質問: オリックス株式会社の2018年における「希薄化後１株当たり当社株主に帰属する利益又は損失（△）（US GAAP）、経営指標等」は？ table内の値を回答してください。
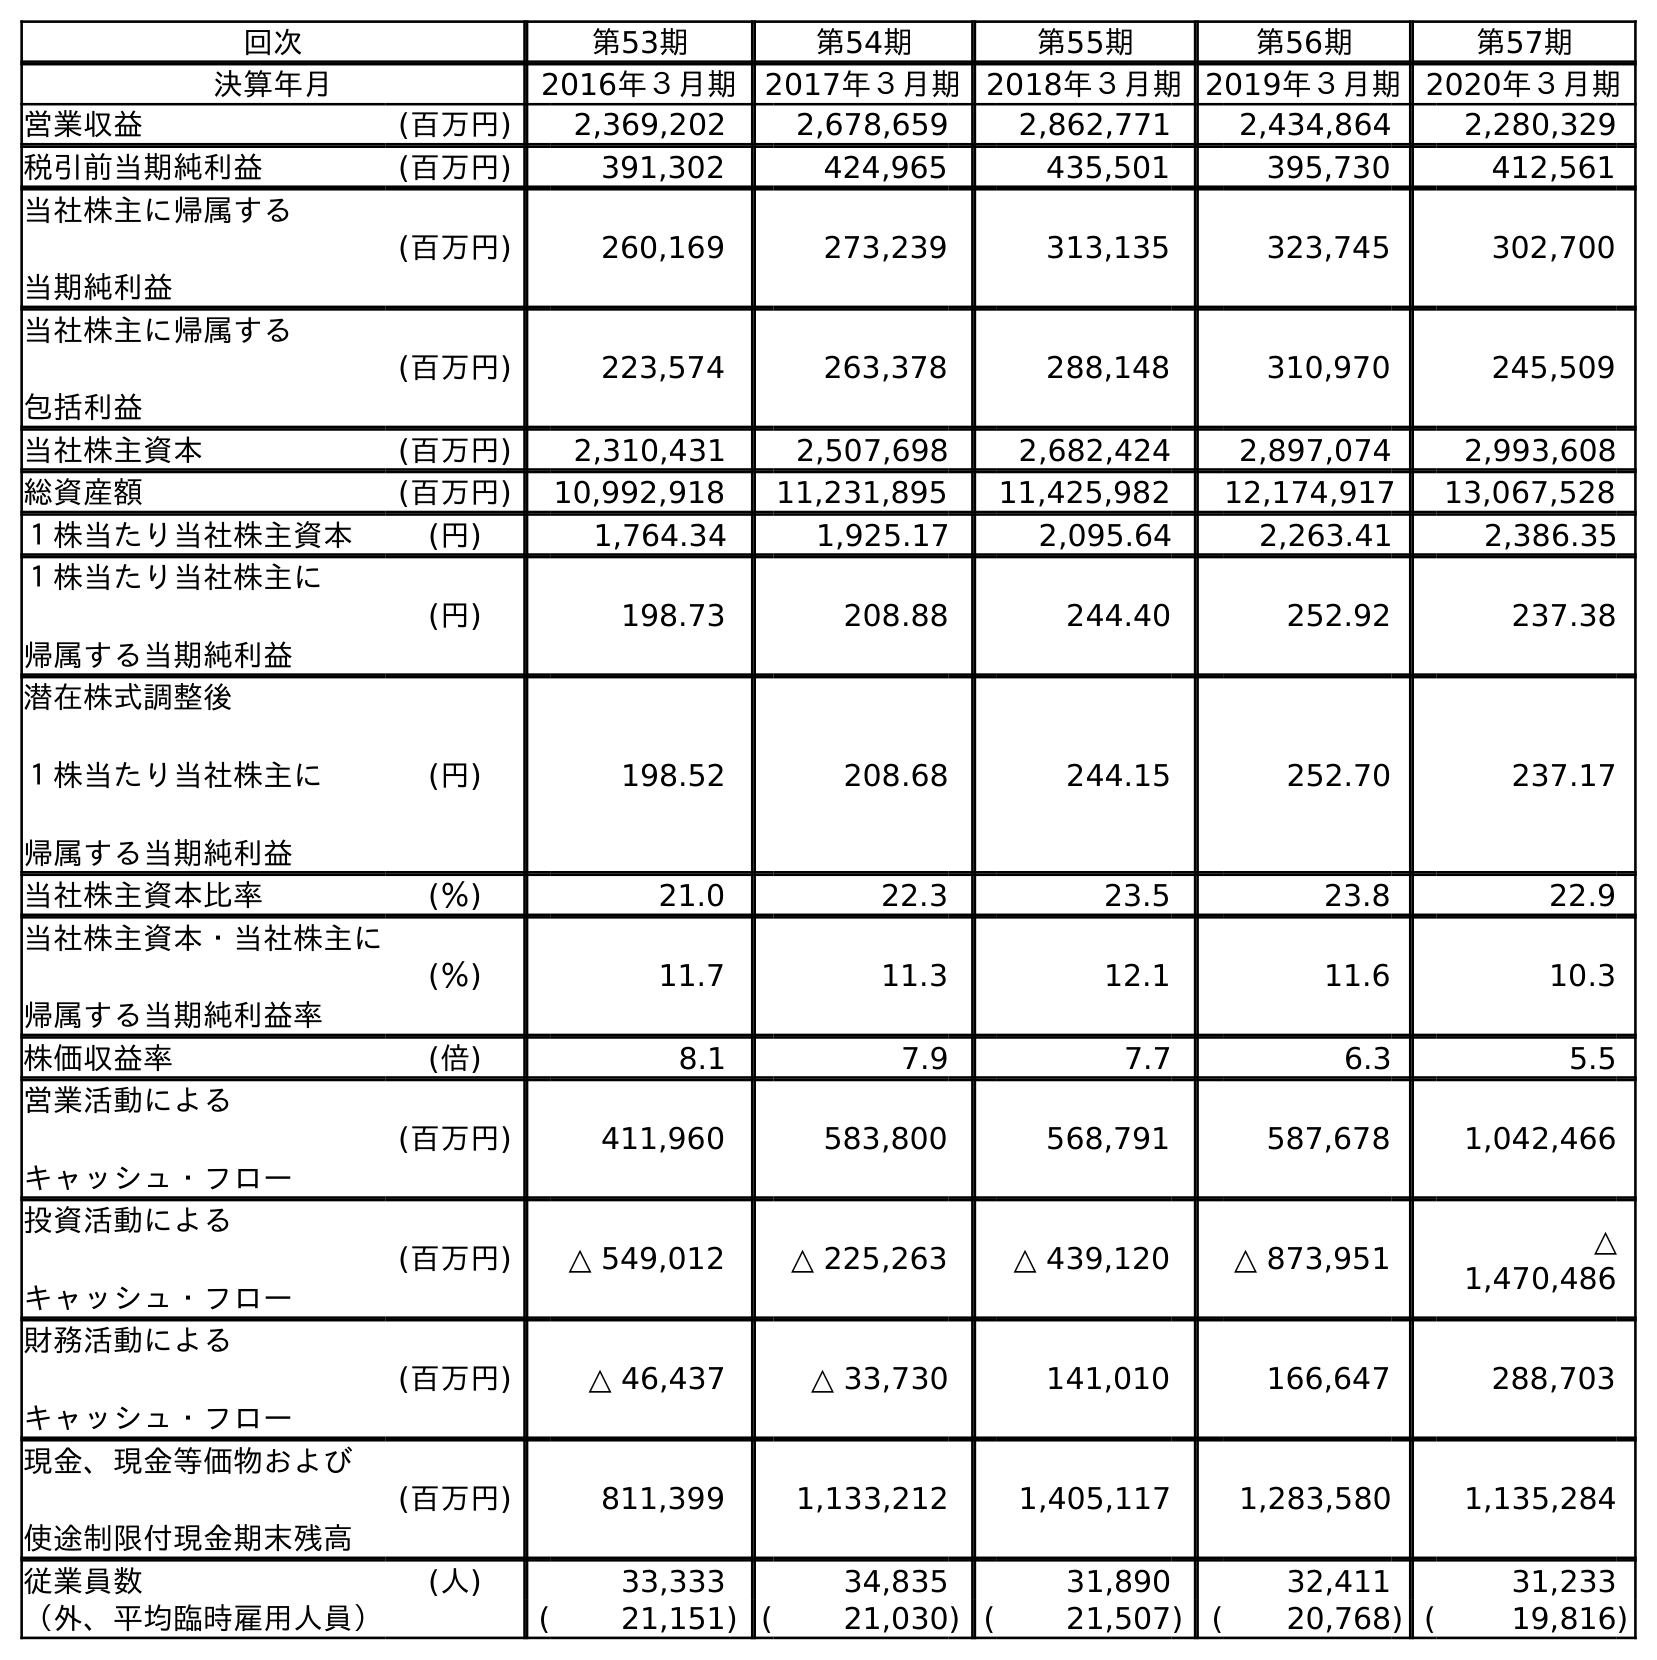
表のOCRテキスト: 回次 第53期 第54期 第55期 第56期 第57期 決算年月 2016年３月期 2017年３月期 2018年３月期2019年３月期2020年３月期 営業収益 (百万円) 2,369,202 2,678,659 2,862,771 2,434,864 2,280,329 税引前当期純利益 (百万円) 391,302 424,965 435,501 395,730 412,561 当社株主に帰属する 当期純利益 (百万円) 260,169 273,239 313,135 323,745 302,700 当社株主に帰属する 包括利益 (百万円) 223,574 263,378 288,148 310,970 245,509 当社株主資本 (百万円) 2,310,431 2,507,698 2,682,424 2,897,074 2,993,608 総資産額 (百万円) 10,992,918 11,231,895 11,425,982 12,174,917 13,067,528 １株当たり当社株主資本 (円) 1,764.34 1,925.17 2,095.64 2,263.41 2,386.35 １株当たり当社株主に 帰属する当期純利益 (円) 198.73 208.88 244.40 252.92 237.38 潜在株式調整後 １株当たり当社株主に 帰属する当期純利益 (円) 198.52 208.68 244.15 252.70 237.17 当社株主資本比率 (％) 21.0 22.3 23.5 23.8 22.9 当社株主資本・当社株主に 帰属する当期純利益率 (％) 11.7 11.3 12.1 11.6 10.3 株価収益率 (倍) 8.1 7.9 7.7 6.3 5.5 営業活動による キャッシュ・フロー (百万円) 411,960 583,800 568,791 587,678 1,042,466 投資活動による キャッシュ・フロー (百万円) △ 549,012 △ 225,263 △ 439,120 △ 873,951 △ 1,470,486 財務活動による キャッシュ・フロー (百万円) △ 46,437 △ 33,730 141,010 166,647 288,703 現金、現金等価物および 使途制限付現金期末残高 (百万円) 811,399 1,133,212 1,405,117 1,283,580 1,135,284 従業員数 (人) 33,333 34,835 31,890 32,411 31,233 （外、平均臨時雇用人員） ( 21,151) ( 21,030) ( 21,507) ( 20,768) ( 19,816)
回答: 244.15